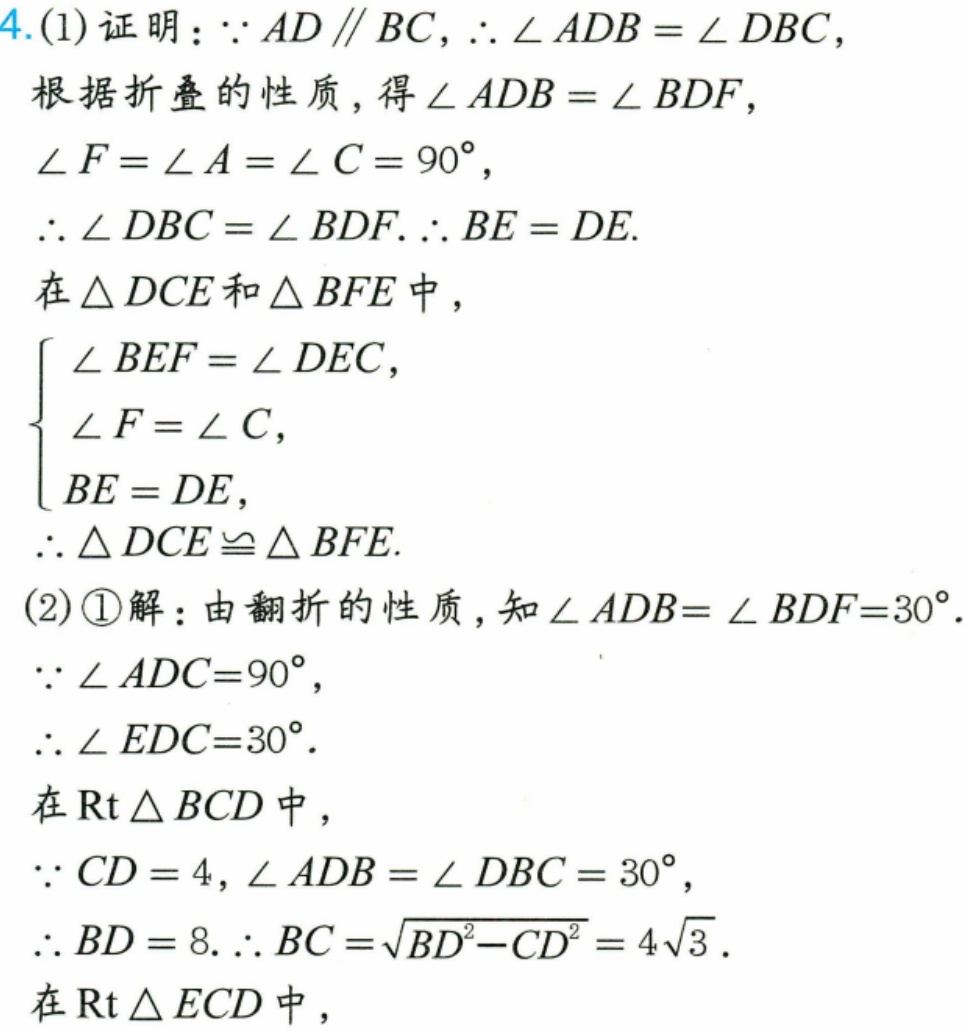
4.(1)证明：\(\because AD\parallel BC,\therefore\angle ADB=\angle DBC\)，
根据折叠的性质，得\(\angle ADB = \angle BDF\)，
\(\angle F=\angle A=\angle C = 90^{\circ}\)，
\(\therefore\angle DBC=\angle BDF.\therefore BE = DE\).
在\(\triangle DCE\)和\(\triangle BFE\)中，
\(\begin{cases}
\angle BEF=\angle DEC,\\
\angle F=\angle C,\\
BE = DE,
\end{cases}\)
\(\therefore\triangle DCE\cong\triangle BFE\).
(2)\textcircled{1}解：由翻折的性质，知\(\angle ADB=\angle BDF = 30^{\circ}\).
\(\because\angle ADC = 90^{\circ}\)，
\(\therefore\angle EDC = 30^{\circ}\).
在\(\text{Rt}\triangle BCD\)中，
\(\because CD = 4,\angle ADB=\angle DBC = 30^{\circ}\)，
\(\therefore BD = 8.\therefore BC=\sqrt{BD^{2}-CD^{2}} = 4\sqrt{3}\).
在\(\text{Rt}\triangle ECD\)中，